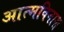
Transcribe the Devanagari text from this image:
आत्मविनाश